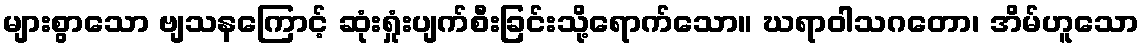
များစွာသော ဗျသနကြောင့် ဆုံးရှုံးပျက်စီးခြင်းသို့ရောက်သော။ ဃရာဝါသဂတော၊ အိမ်ဟူသော